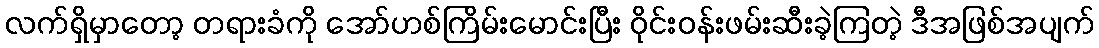
လက်ရှိမှာတော့ တရားခံကို အော်ဟစ်ကြိမ်းမောင်းပြီး ဝိုင်းဝန်းဖမ်းဆီးခဲ့ကြတဲ့ ဒီအဖြစ်အပျက်